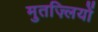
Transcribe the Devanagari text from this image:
मुतज़्लियों